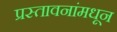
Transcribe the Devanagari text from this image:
प्रस्तावनांमधून